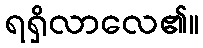
ရရှိလာလေ၏။